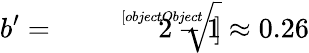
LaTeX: b^{\prime}={\sqrt[[objectObject]]{2}}-1\approx 0.26